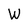
Character: W